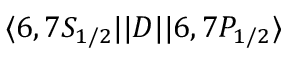
\ensuremath { \langle 6 , 7 S _ { 1 / 2 } | | } D \ensuremath { | | 6 , 7 P _ { 1 / 2 } \rangle }